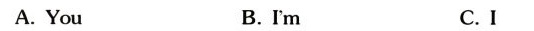
A.You B.Im C.I